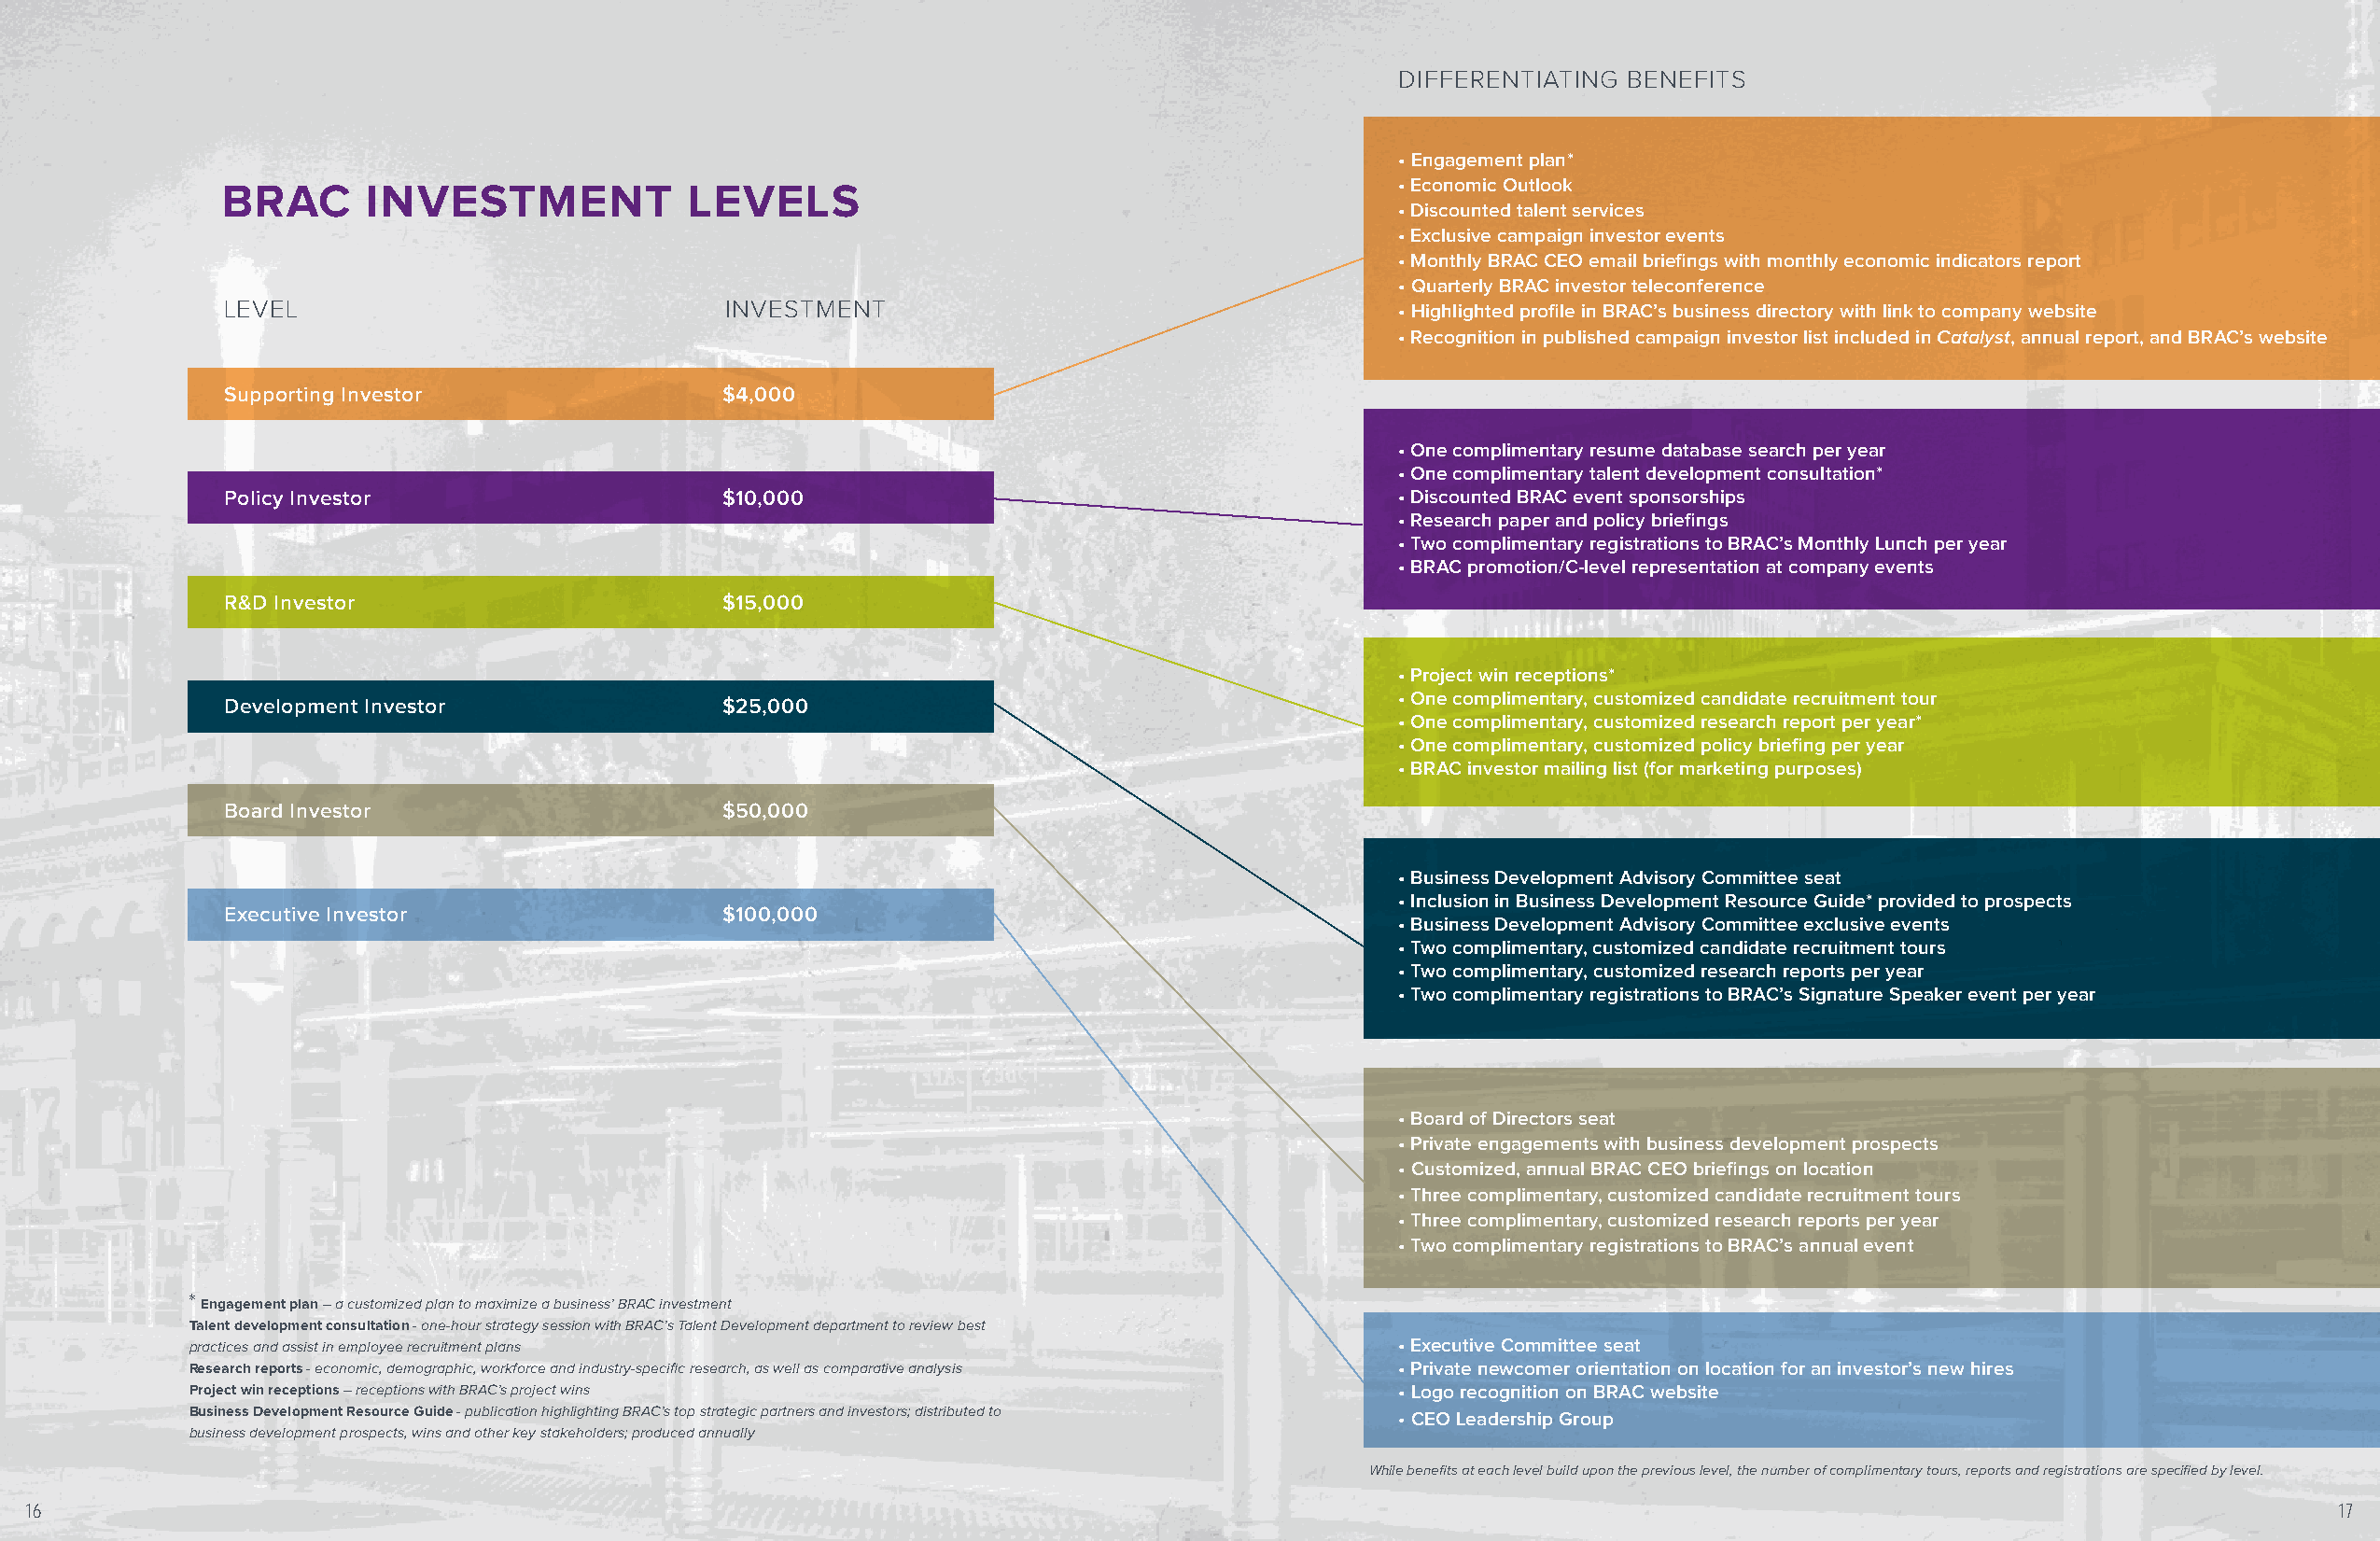
DIFFERENTIATING BENEFITS
 • Engagement plan*
 BRAC      INVESTMENT             LEVELS                                            • Economic Outlook
 • Discounted talent services
 • Exclusive campaign investor events
 • Monthly BRAC CEO email briefings with monthly economic indicators report
 • Quarterly BRAC investor teleconference
 LEVEL                              INVESTMENT                                      • Highlighted profile in BRAC’s business directory with link to company website
 • Recognition in published campaign investor list included in Catalyst, annual report, and BRAC’s website
 Supporting Investor                $4,000
 • One complimentary resume database search per year
 • One complimentary talent development consultation*
 Policy Investor                    $10,000                                         • Discounted BRAC event sponsorships
 • Research paper and policy briefings
 • Two complimentary registrations to BRAC’s Monthly Lunch per year
 • BRAC promotion/C-level representation at company events
 R&D Investor                       $15,000
 • Project win receptions*
 • One complimentary, customized candidate recruitment tour
 Development Investor               $25,000
 • One complimentary, customized research report per year*
 • One complimentary, customized policy briefing per year
 • BRAC investor mailing list (for marketing purposes)
 Board Investor                     $50,000
 • Business Development Advisory Committee seat
 • Inclusion in Business Development Resource Guide* provided to prospects
 Executive Investor                 $100,000
 • Business Development Advisory Committee exclusive events
 • Two complimentary, customized candidate recruitment tours
 • Two complimentary, customized research reports per year
 • Two complimentary registrations to BRAC’s Signature Speaker event per year
 • Board of Directors seat
 • Private engagements with business development prospects
 • Customized, annual BRAC CEO briefings on location
 • Three complimentary, customized candidate recruitment tours
 • Three complimentary, customized research reports per year
 • Two complimentary registrations to BRAC’s annual event
 * Engagement plan – a customized plan to maximize a business’ BRAC investment
 Talent development consultation - one-hour strategy session with BRAC’s Talent Development department to review best
 practices and assist in employee recruitment plans                                    • Executive Committee seat
 Research reports - economic, demographic, workforce and industry-specific research, as well as comparative analysis • Private newcomer orientation on location for an investor’s new hires
 Project win receptions – receptions with BRAC’s project wins                          • Logo recognition on BRAC website
 Business Development Resource Guide - publication highlighting BRAC’s top strategic partners and investors; distributed to • CEO Leadership Group
 business development prospects, wins and other key stakeholders; produced annually
 While benefits at each level build upon the previous level, the number of complimentary tours, reports and registrations are specified by level.
 16                                                                                                                                                                  17